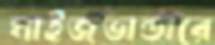
মাইজভান্ডারে